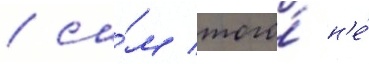
/ са́м того́ н'е́